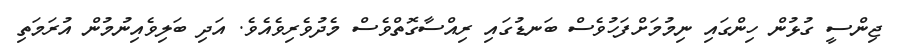
ޖިންސީ ގުޅުން ހިންގައި ނިމުމަށްފަހުވެސް ބަނޑުގައި ރިއްސާގޮތްވެސް މެދުވެރިވެއެވެ. އަދި ބަލިވެއިނުމުން އުރަމަތި